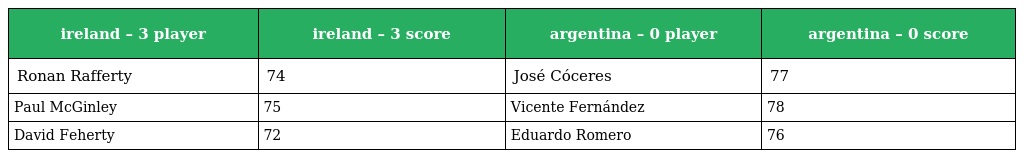
| ireland – 3 player | ireland – 3 score | argentina – 0 player | argentina – 0 score |
 | --- | --- | --- | --- |
 | Ronan Rafferty | 74 | José Cóceres | 77 |
 | Paul McGinley | 75 | Vicente Fernández | 78 |
 | David Feherty | 72 | Eduardo Romero | 76 |